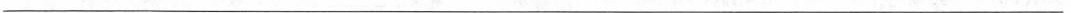
___